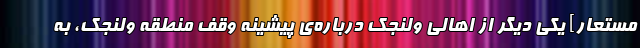
مستعار] یکی دیگر از اهالی ولنجک درباره‌ی پیشینه وقف منطقه ولنجک، به